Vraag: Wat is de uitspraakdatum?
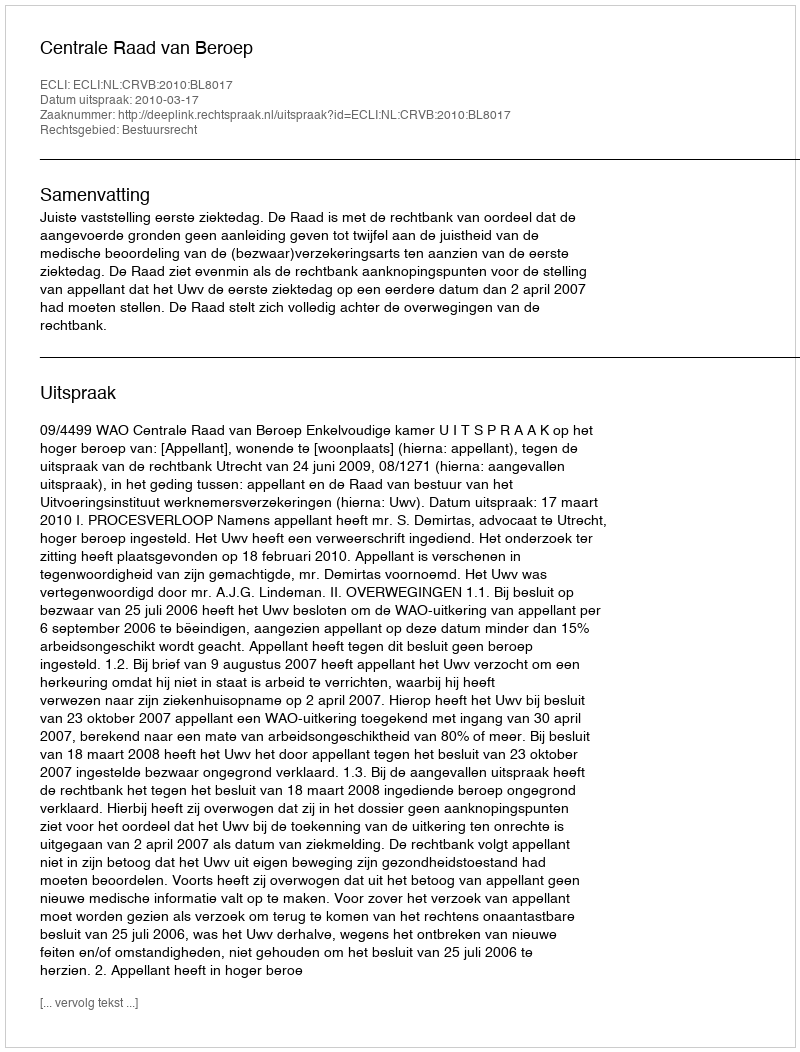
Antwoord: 2010-03-17